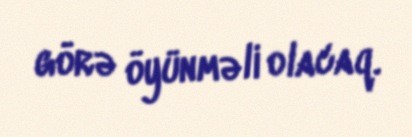
görə öyünməli olacaq.